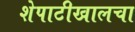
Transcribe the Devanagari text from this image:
शेपाटीखालचा